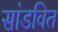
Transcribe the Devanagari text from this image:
सांडवित